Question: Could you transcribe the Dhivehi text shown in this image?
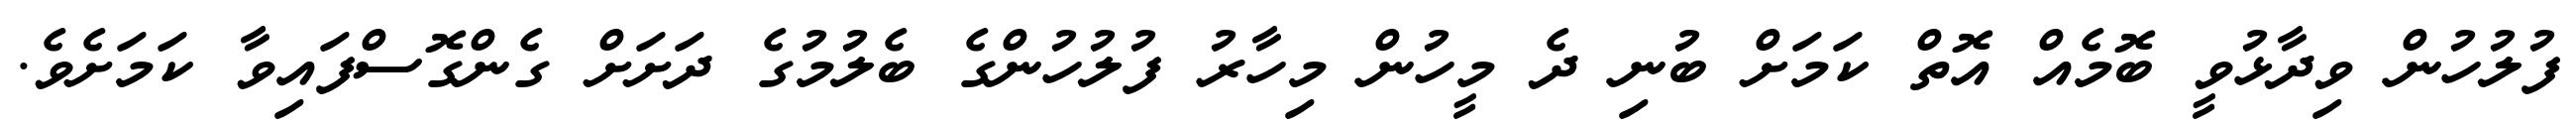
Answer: ފުލުހުން ވިދާޅުވީ ބޮމެއް އޮތް ކަމަށް ބުނި ދެ މީހުން މިހާރު ފުލުހުންގެ ބެލުމުގެ ދަށަށް ގެންގޮސްފައިވާ ކަމަށެވެ.